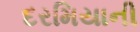
દરમિયાની